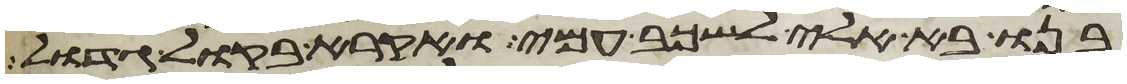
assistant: בנו בא אלי לשכב עמי ואקרא בקול גדול